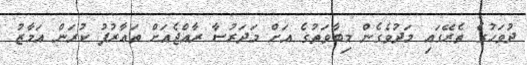
ދުވަހުގެ ތެރޭގައި މަދުވެގެން މިބާވަތުގެ އަށް މަދަރުސާ ރާއްޖެއަށް ތަޢާރުފު ކުރަން އަމާޒު